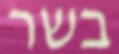
בשר